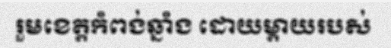
រួមខេត្តកំពង់ឆ្នាំង ដោយម្តាយរបស់